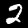
Label: 2